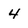
Character: 4